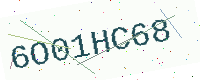
Text: 6O01HC68